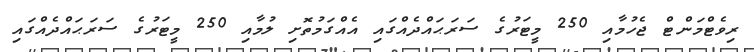
ރިވެޓްމަންޓް ޖެހުމާއި 250 މީޓަރުގެ ސަރަޙައްދެއްގައި އެއްގަމުތޮށި ލުމާއި 250 މީޓަރުގެ ސަރަޙައްދެއްގައި